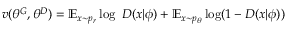
v ( \theta ^ { G } , \theta ^ { D } ) = \mathbb { E } _ { x \sim p _ { r } } \log \ D ( x | \phi ) + \mathbb { E } _ { x \sim p _ { \theta } } \log ( 1 - D ( x | \phi ) )